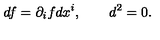
d f = \partial _ { i } f d x ^ { i } , \qquad d ^ { 2 } = 0 .